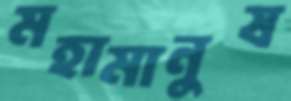
মহামানুষ